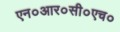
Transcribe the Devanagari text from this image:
एन०आर०सी०एच०